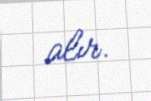
alır.